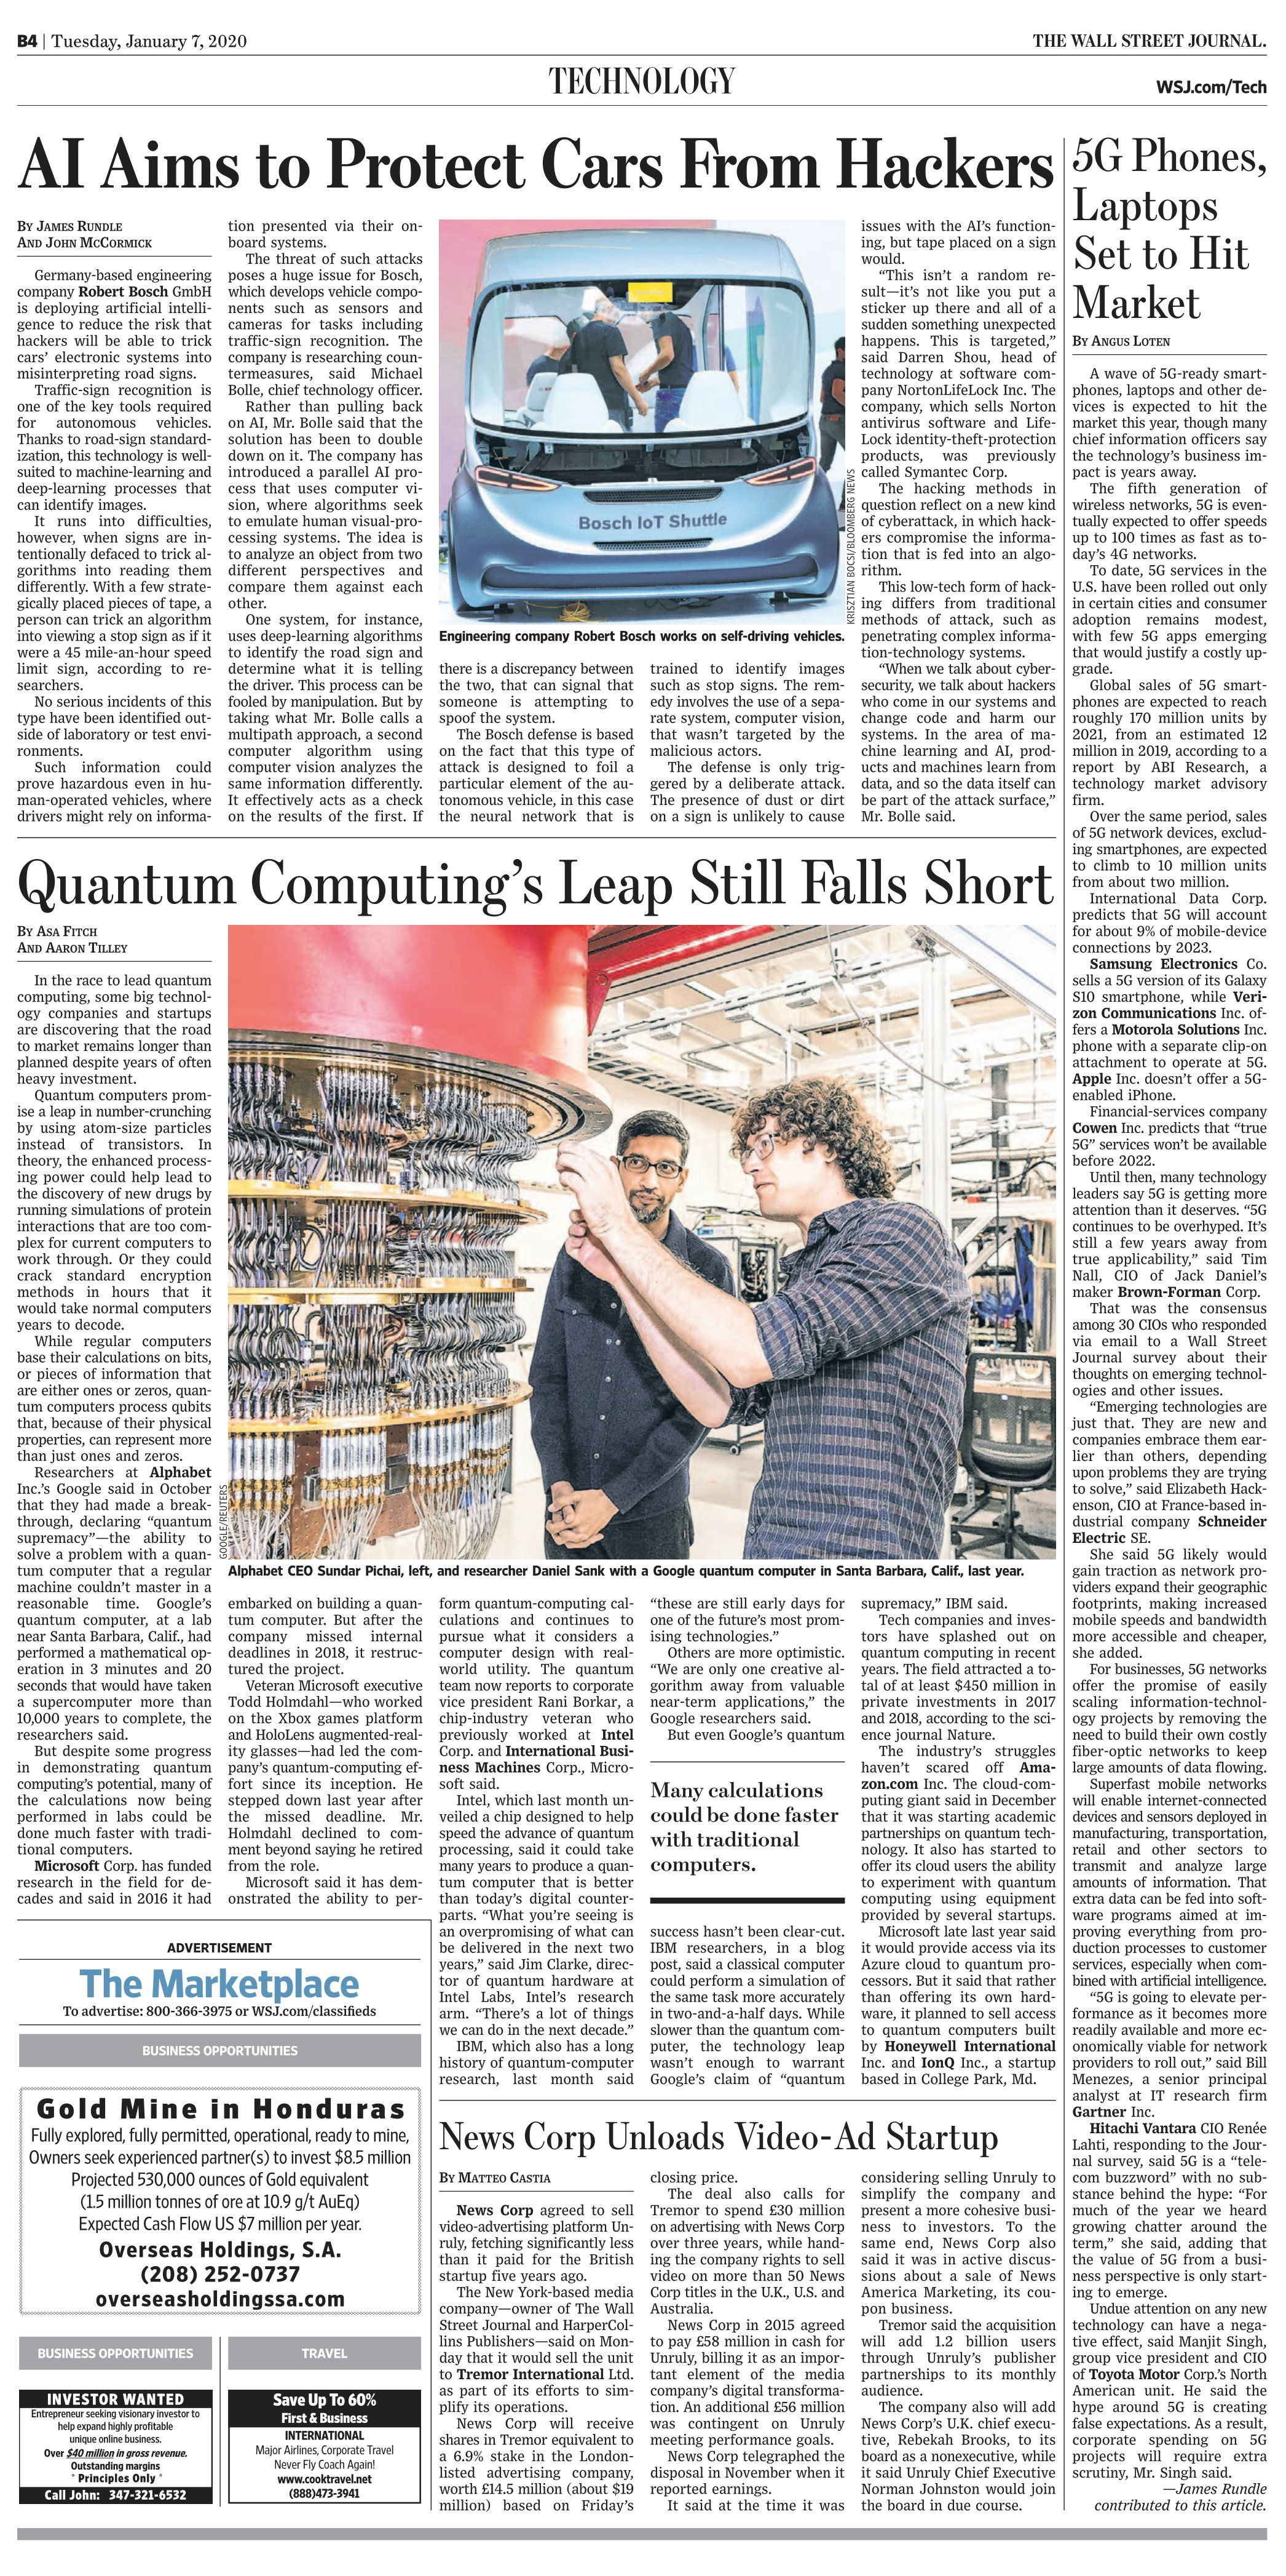
Language: en